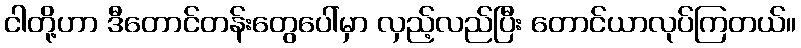
ငါတို့ဟာ ဒီတောင်တန်းတွေပေါ်မှာ လှည့်လည်ပြီး တောင်ယာလုပ်ကြတယ်။